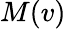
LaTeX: M(v)